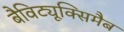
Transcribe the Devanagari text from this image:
बैविट्यूक्सिमैब